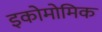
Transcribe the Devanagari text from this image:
इकोमोमिक